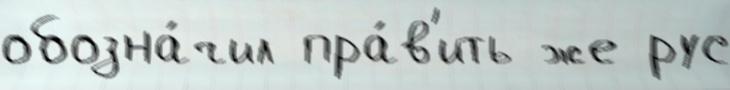
обозна́чил пра́в'ить же рус